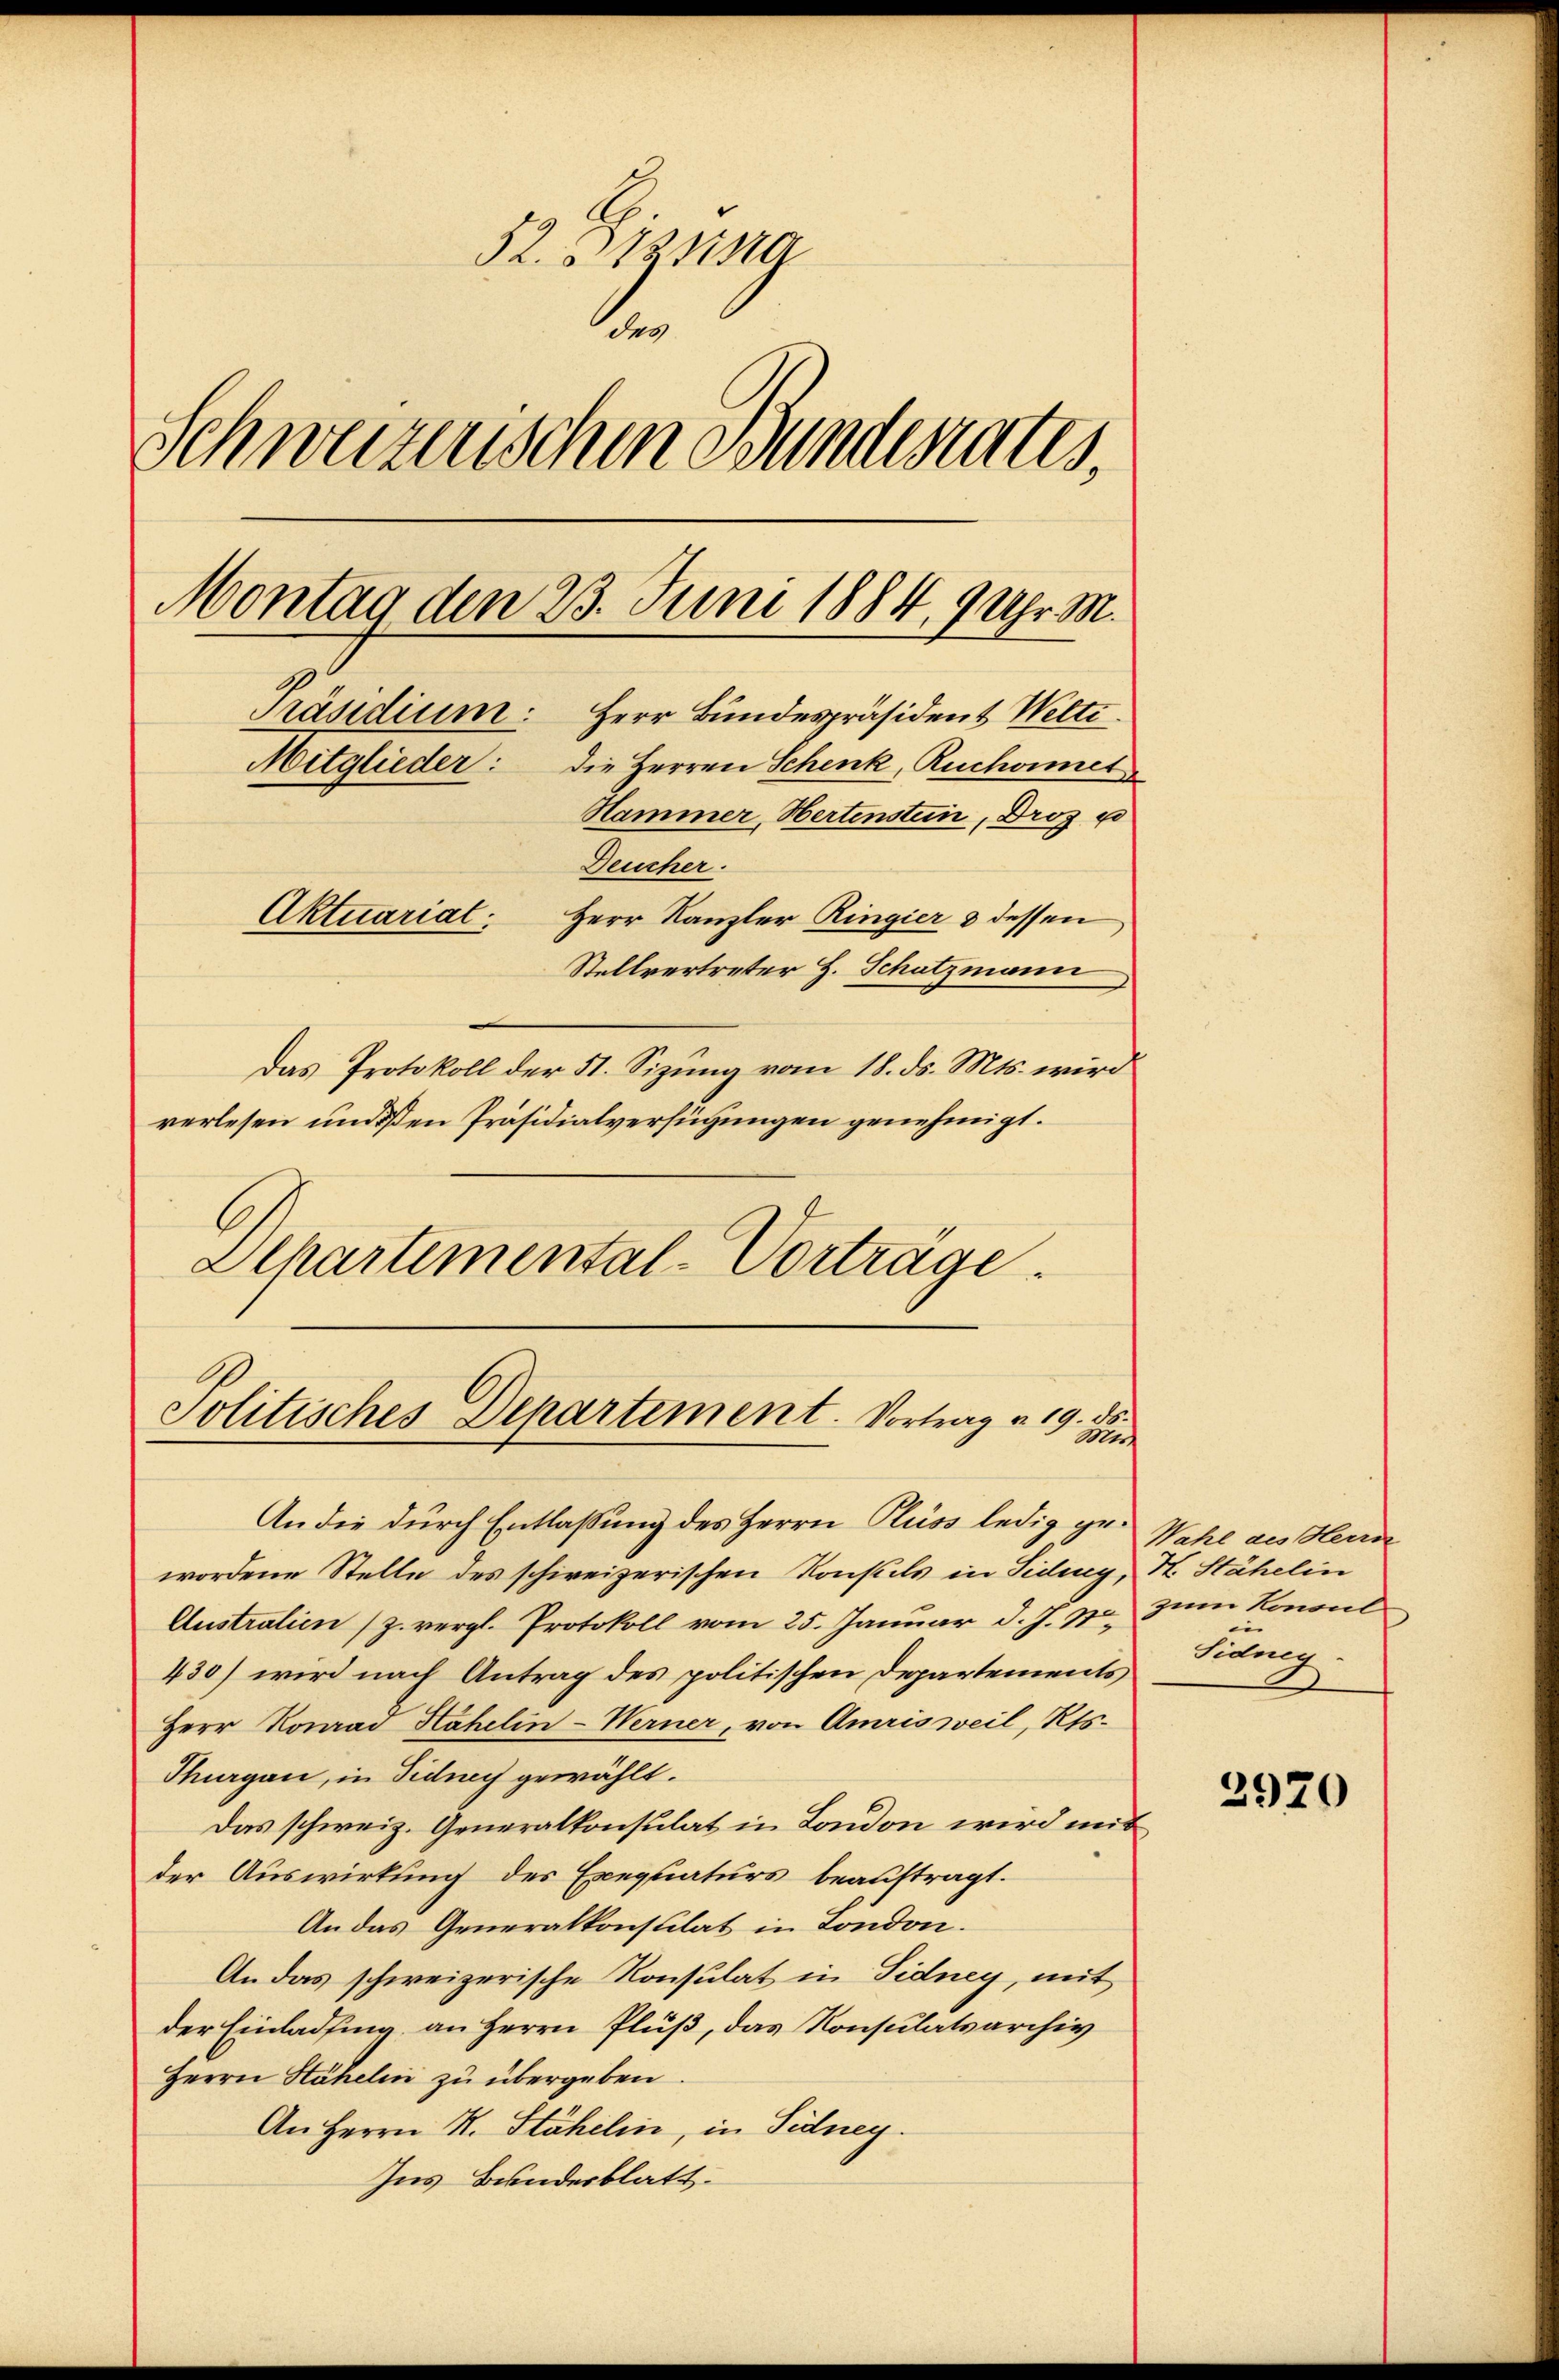
52. Btzsing
d
Schweizerischen Bundesrates,
Montag den 23. Juni 1884, 9 Uhr M.
Präsidium: Herr Bundespräsident Welti
die Herren Schenk, Ruchoimet
Mitglieder:
Hammer, Hertenstein, Droz es
Deucher.
Aktuarial. Herr Kanzler Ringier & dessen
Stellvertreter H. Schatzmann
das Protokoll der St. Sizung vom 18. ds. Mts. wird
verlesen und den Präsidialverfügungen genehmigt.

b
Alhartemental-Vortrage.

9. ds.
Politisches Departement. Vortrag a. 13. zu

An die durch Entlassung des Herrn Pluss ledig gewordene Stelle des schweizerischen Konstels in Siding, H. Stähelin
Australien (z. vergl. Protokoll vom 25. Januar d. J. 1
430) wird nach Antrag des politischen Departements
Herr Konrad Hahelin-Werner, von Amrisweil, Kts.
Thurgau, in Tidnach gewählt.
Das schweiz. Generalkonsulat in London wird mit
der Auswirkung des Exequaturs beauftragt.
An das Generalkonsulat in London.
An das schweizerische Konsulat in Sidney, mit
der Einladung an Herrn Pluß, das Konsulatsarchiv
Herrn Stäheli zu übergeben.
An Herrn H. Stähelin, in Sidney.
Ins Bundesblatt.

Wahl des Herrn
zum Konsul
Kunz.

2970